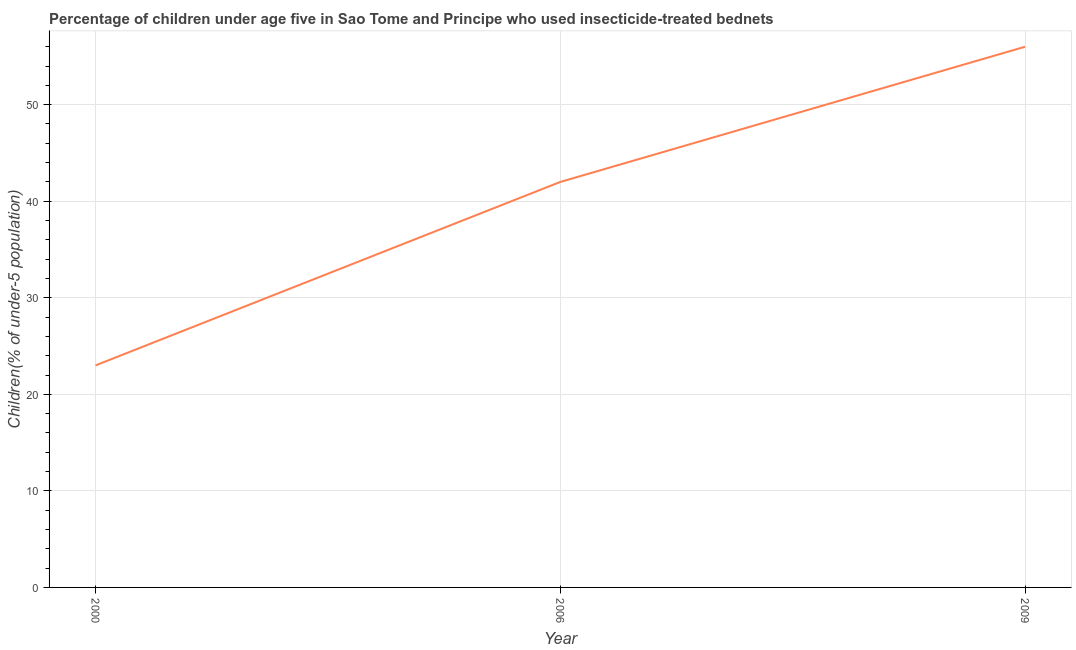
| Year | Use of insecticide-treated bed nets (% of under-5 population) |
 | --- | --- |
 | 2000 | 23 |
 | 2006 | 42 |
 | 2009 | 56 |